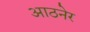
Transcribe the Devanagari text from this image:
आठनेर